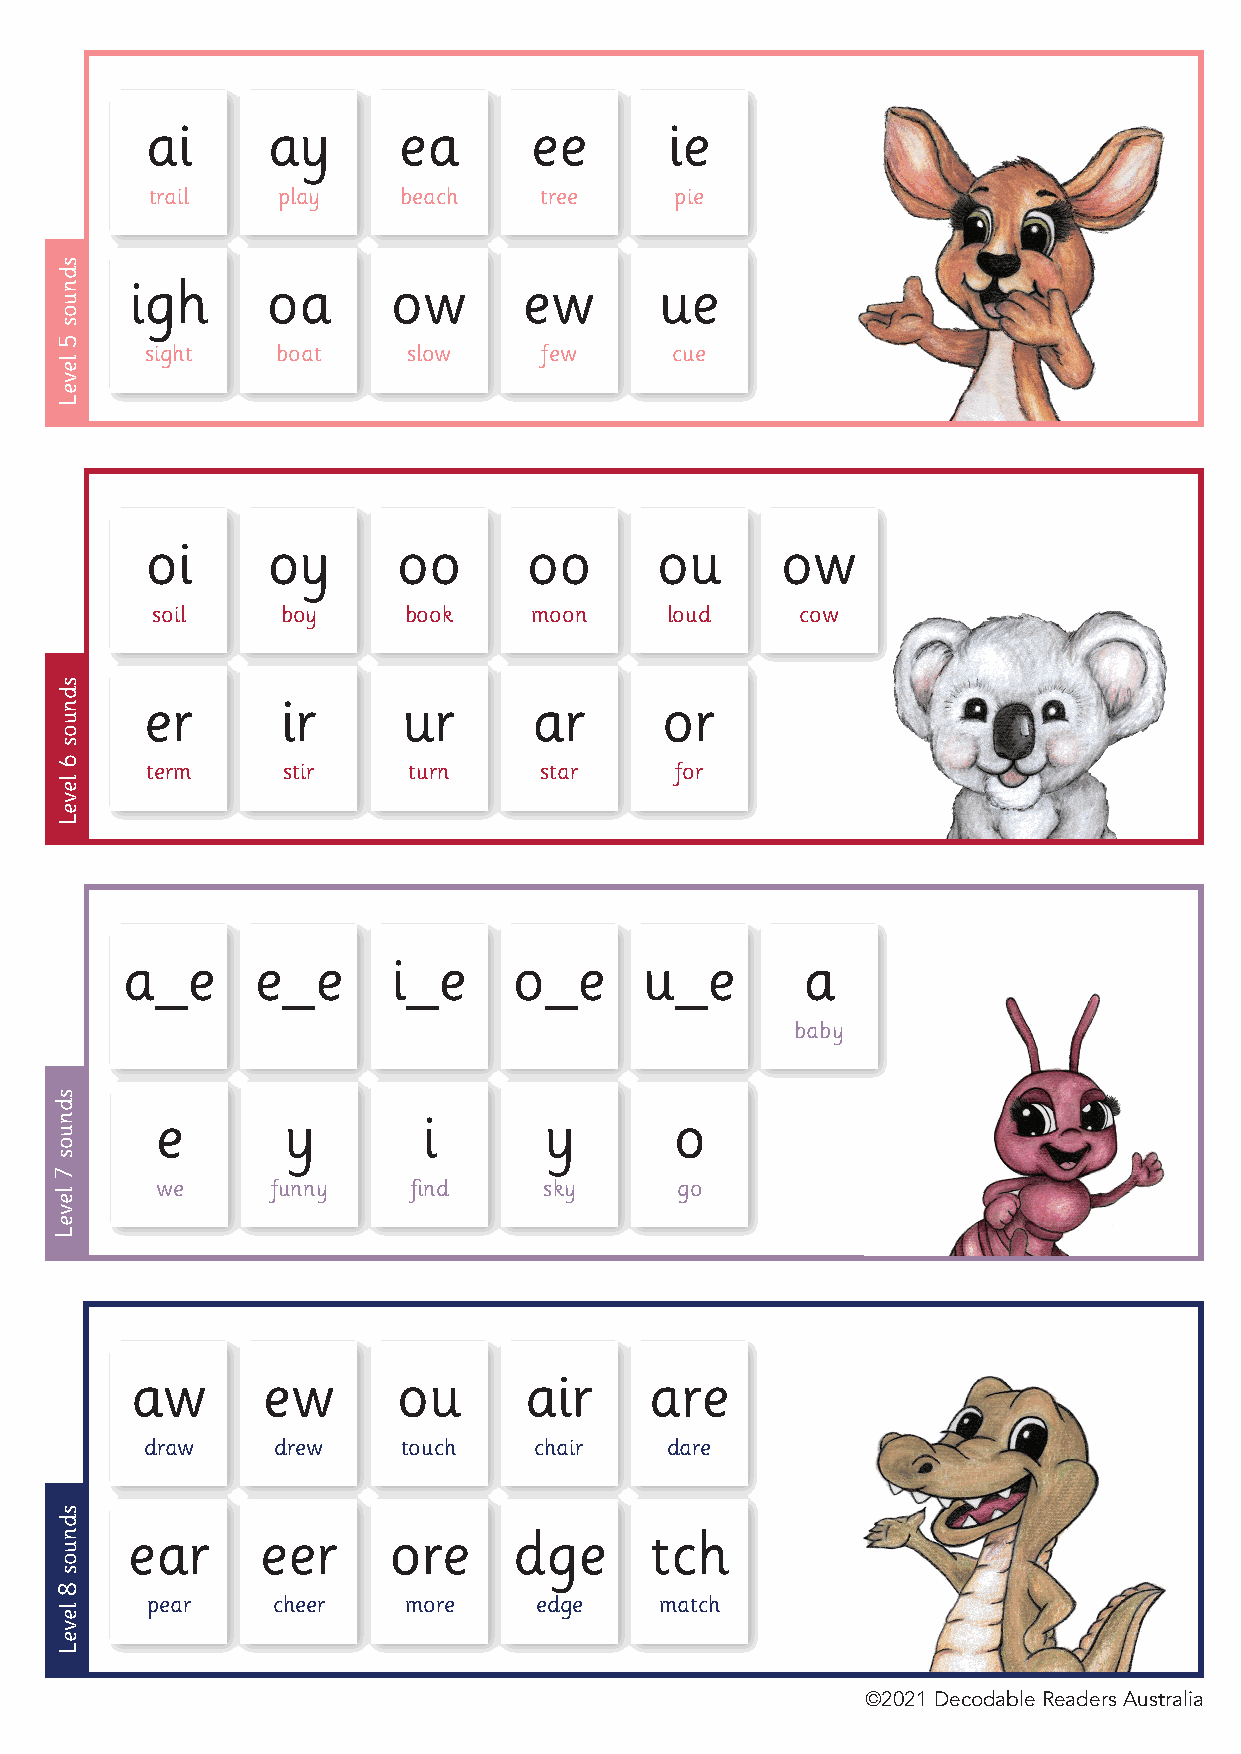
ai      ay      ea       ee       ie
 trail   play    beach     tree     pie
 igh      oa      ow       ew       ue
 sight   boat     slow     few     cue
 oi      oy      oo       oo      ou       ow
 soil     boy     book    moon     loud     cow
 er       ir      ur      ar       or
 term     stir    turn     star     for
 a_e      e_e      i_e     o_e      u_e       a
 baby
 e        y        i       y        o
 we      funny    find     sky      go
 aw      ew       ou       air     are
 draw    drew     touch   chair    dare
 ear      eer      ore     dge      tch
 pear    cheer    more    edge     match
 ©2021 Decodable Readers Australia
 sdnuos
 5
 leveL
 sdnuos
 6
 leveL
 sdnuos
 7
 leveL
 sdnuos
 8
 leveL